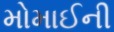
મોમાઈની